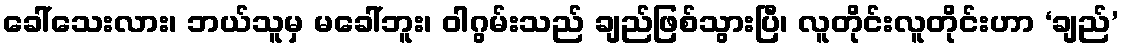
ခေါ်သေးလား၊ ဘယ်သူမှ မခေါ်ဘူး၊ ဝါဂွမ်းသည် ချည်ဖြစ်သွားပြီ၊ လူတိုင်းလူတိုင်းဟာ ‘ချည်’